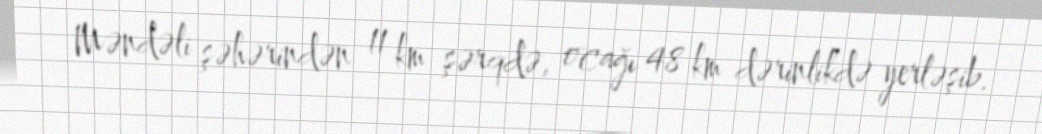
Məndəli şəhərindən 11 km şərqdə, ocağı 48 km dərinlikdə yerləşib.